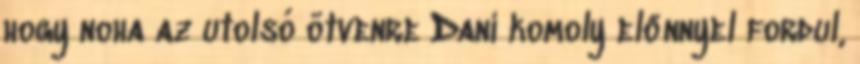
hogy noha az utolsó ötvenre Dani komoly előnnyel fordul,